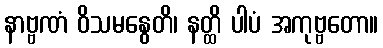
နာဗ္ဗဏံ ဝိသမနွေတိ၊ နတ္ထိ ပါပံ အကုဗ္ဗတော။